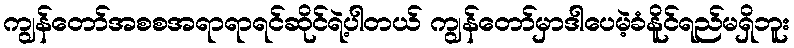
ကျွန်တော်အစစအရာရာရင်ဆိုင်ရဲ့ပါတယ် ကျွန်တော်မှာဒါပေမဲ့ခံနိူင်ရည်မရှိဘူး